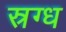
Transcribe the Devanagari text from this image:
स्रग्ध